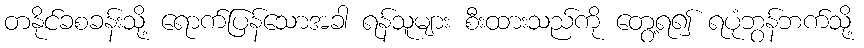
တနိုင်ခစခန်းသို့ ရောက်ပြန်သောအခါ ရန်သူများ စီးထားသည်ကို တွေ့ရ၍ ရပုံဘွန်ဘက်သို့